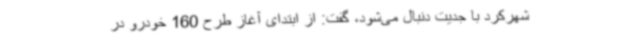
شهرکرد با جدیت دنبال می‌شود، گفت: از ابتدای آغاز طرح 160 خودرو در